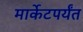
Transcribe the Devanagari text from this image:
मार्केटपर्यंत